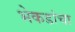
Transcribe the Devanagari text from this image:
भेकडांचा